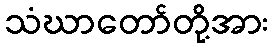
သံဃာတော်တို့အား